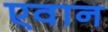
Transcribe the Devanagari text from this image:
एवान